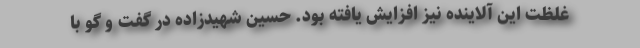
غلظت این آلاینده نیز افزایش یافته بود. حسین شهیدزاده در گفت و گو با